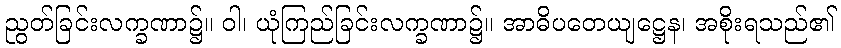
ညွတ်ခြင်းလက္ခဏာ၌။ ဝါ၊ ယုံကြည်ခြင်းလက္ခဏာ၌။ အာဓိပတေယျဋ္ဌေန၊ အစိုးရသည်၏